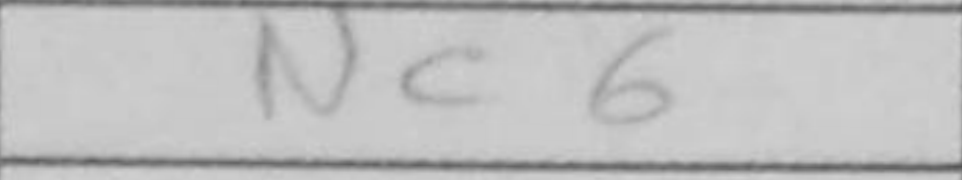
Transcription: Nc6